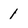
Character: l